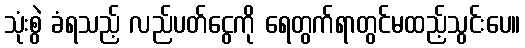
သုံးစွဲ ခံရသည့် လည်ပတ်ငွေကို ရေတွက်ရာတွင်မထည့်သွင်းပေ။